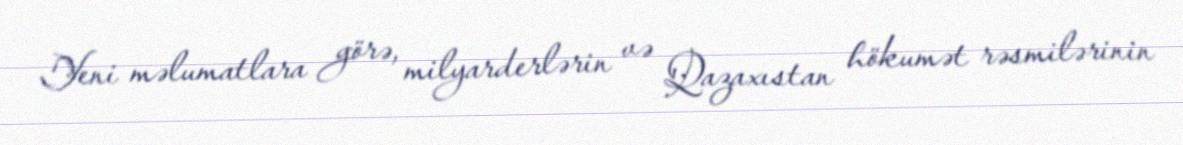
Yeni məlumatlara görə, milyarderlərin və Qazaxıstan hökumət rəsmilərinin